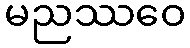
မညဿဝေ